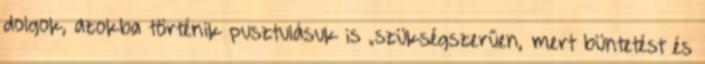
dolgok, azokba történik pusztulásuk is „szükségszerűen, mert büntetést és